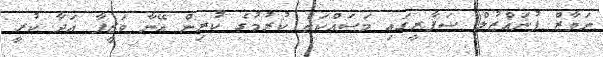
ނަވާޒް ފުނައްޒުލް ސަފާރީގައި މަސައްކަތް ކުރުމުގެ ކުރިން އޭނާ ވަޒީފާ އަދާ ކުރީ